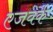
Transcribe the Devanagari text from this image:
एजवर्क